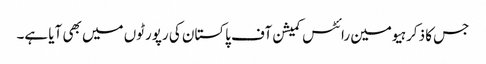
جس کا ذکر ہیومین رائٹس کمیشن آف پاکستان کی رپورٹوں میں بھی آیا ہے۔